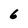
Character: 6